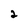
Character: 2